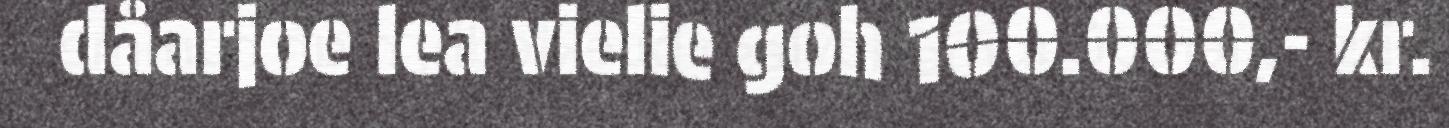
dåarjoe lea vielie goh 100.000,- kr.